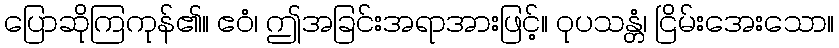
ပြောဆိုကြကုန်၏။ ဧဝံ၊ ဤအခြင်းအရာအားဖြင့်။ ဝုပသန္တံ၊ ငြိမ်းအေးသော။